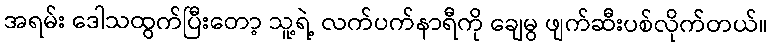
အရမ်း ဒေါသထွက်ပြီးတော့ သူ့ရဲ့ လက်ပက်နာရီကို ချေမွ ဖျက်ဆီးပစ်လိုက်တယ်။